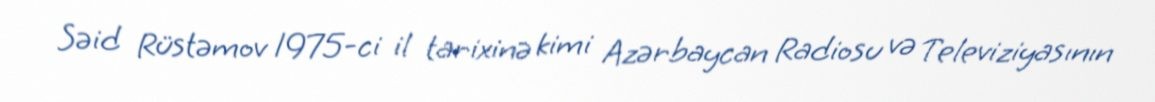
Səid Rüstəmov 1975-ci il tarixinə kimi Azərbaycan Radiosu və Televiziyasının